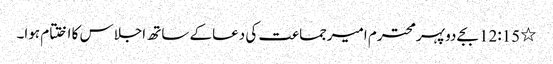
٭	12:15 بجے دوپہر محترم امیرجماعت کی دعاکے ساتھ اجلاس کا اختتام ہوا۔